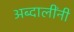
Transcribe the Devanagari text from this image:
अब्दालींनी